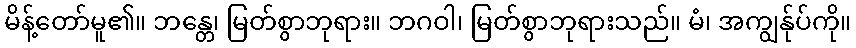
မိန့်တော်မူ၏။ ဘန္တေ၊ မြတ်စွာဘုရား။ ဘဂဝါ၊ မြတ်စွာဘုရားသည်။ မံ၊ အကျွန်ုပ်ကို။